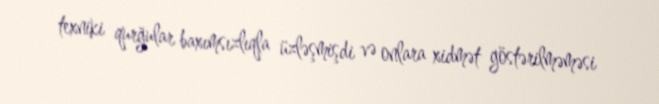
texniki qurğular baxımsızlıqla üzləşmişdi və onlara xidmət göstərilməməsi